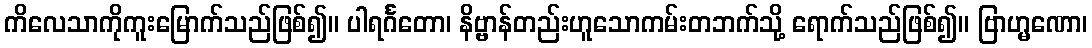
ကိလေသာကိုကူးမြောက်သည်ဖြစ်၍။ ပါရင်္ဂတော၊ နိဗ္ဗာန်တည်းဟူသောကမ်းတဘက်သို့ ရောက်သည်ဖြစ်၍။ ဗြာဟ္မဏော၊